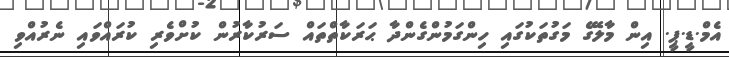
އެމް.ޑީ.ޕީ. އިން މާލޭގެ މަގުތަކުގައި ހިންގަމުންގެންދާ ޙަރަކާތްތައް ސަރުކާރުން ކުށްވެރި ކުރައްވައި ނެރުއްވި